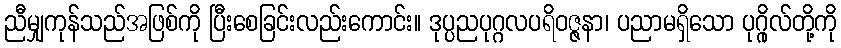
ညီမျှကုန်သည်အဖြစ်ကို ပြီးစေခြင်းလည်းကောင်း။ ဒုပ္ပညပုဂ္ဂလပရိဝဇ္ဇနာ၊ ပညာမရှိသော ပုဂ္ဂိုလ်တို့ကို